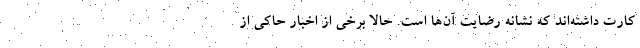
کارت داشته‌اند که نشانه رضایت آن‌ها است. حالا برخی از اخبار حاکی از